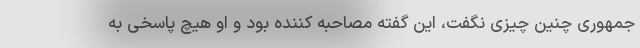
جمهوری چنین چیزی نگفت، این گفته مصاحبه کننده بود و او هیچ پاسخی به